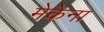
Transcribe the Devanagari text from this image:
मेकेना